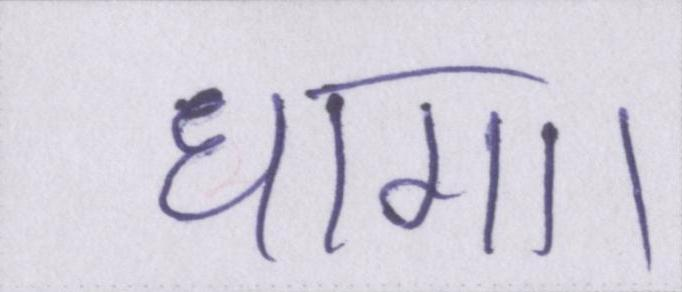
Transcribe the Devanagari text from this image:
धागा।